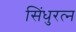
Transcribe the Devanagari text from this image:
सिंधुरत्‍न